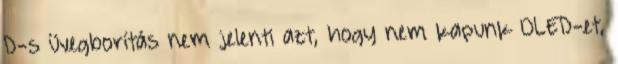
D-s üvegborítás nem jelenti azt, hogy nem kapunk OLED-et,